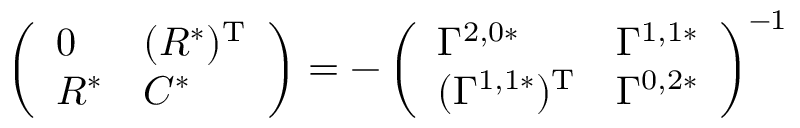
\left( \begin{array} { l l } { 0 } & { ( R ^ { * } ) ^ { \mathrm { T } } } \\ { R ^ { * } } & { C ^ { * } } \end{array} \right) = - \left( \begin{array} { l l } { \Gamma ^ { 2 , 0 * } } & { \Gamma ^ { 1 , 1 * } } \\ { ( \Gamma ^ { 1 , 1 * } ) ^ { \mathrm { T } } } & { \Gamma ^ { 0 , 2 * } } \end{array} \right) ^ { - 1 }